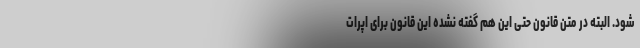
شود. البته در متن قانون حتی این هم گفته نشده این قانون برای اپرات